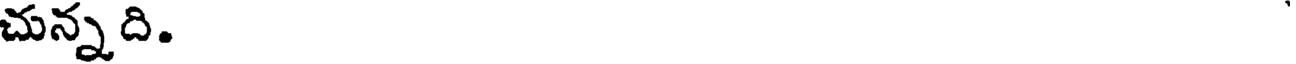
చున్నది.